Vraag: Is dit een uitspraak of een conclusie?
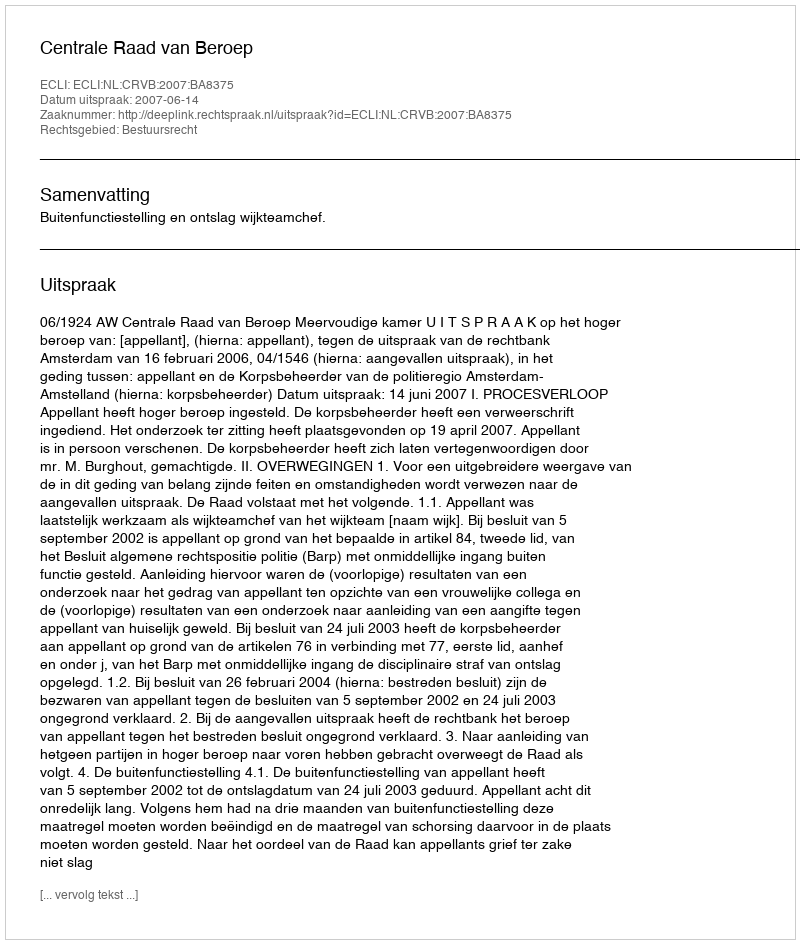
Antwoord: Uitspraak